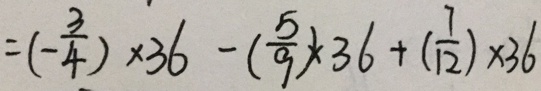
= ( - \frac { 3 } { 4 } ) \times 3 6 - ( \frac { 5 } { 9 } ) \times 3 6 + ( \frac { 7 } { 1 2 } ) \times 3 6